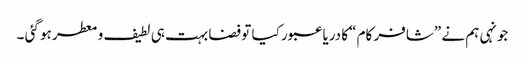
جونہی ہم نے ”شافر کام “کا دریا عبور کیا تو فضا بہت ہی لطیف و معطر ہو گئی ۔